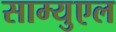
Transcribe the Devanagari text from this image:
साम्युएल